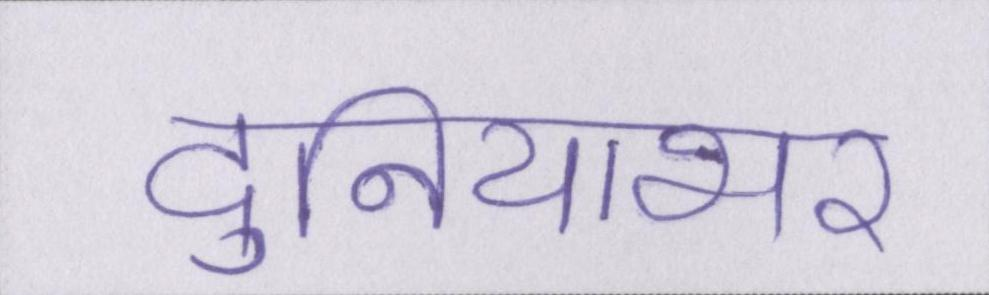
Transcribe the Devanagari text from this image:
दुनियाभर